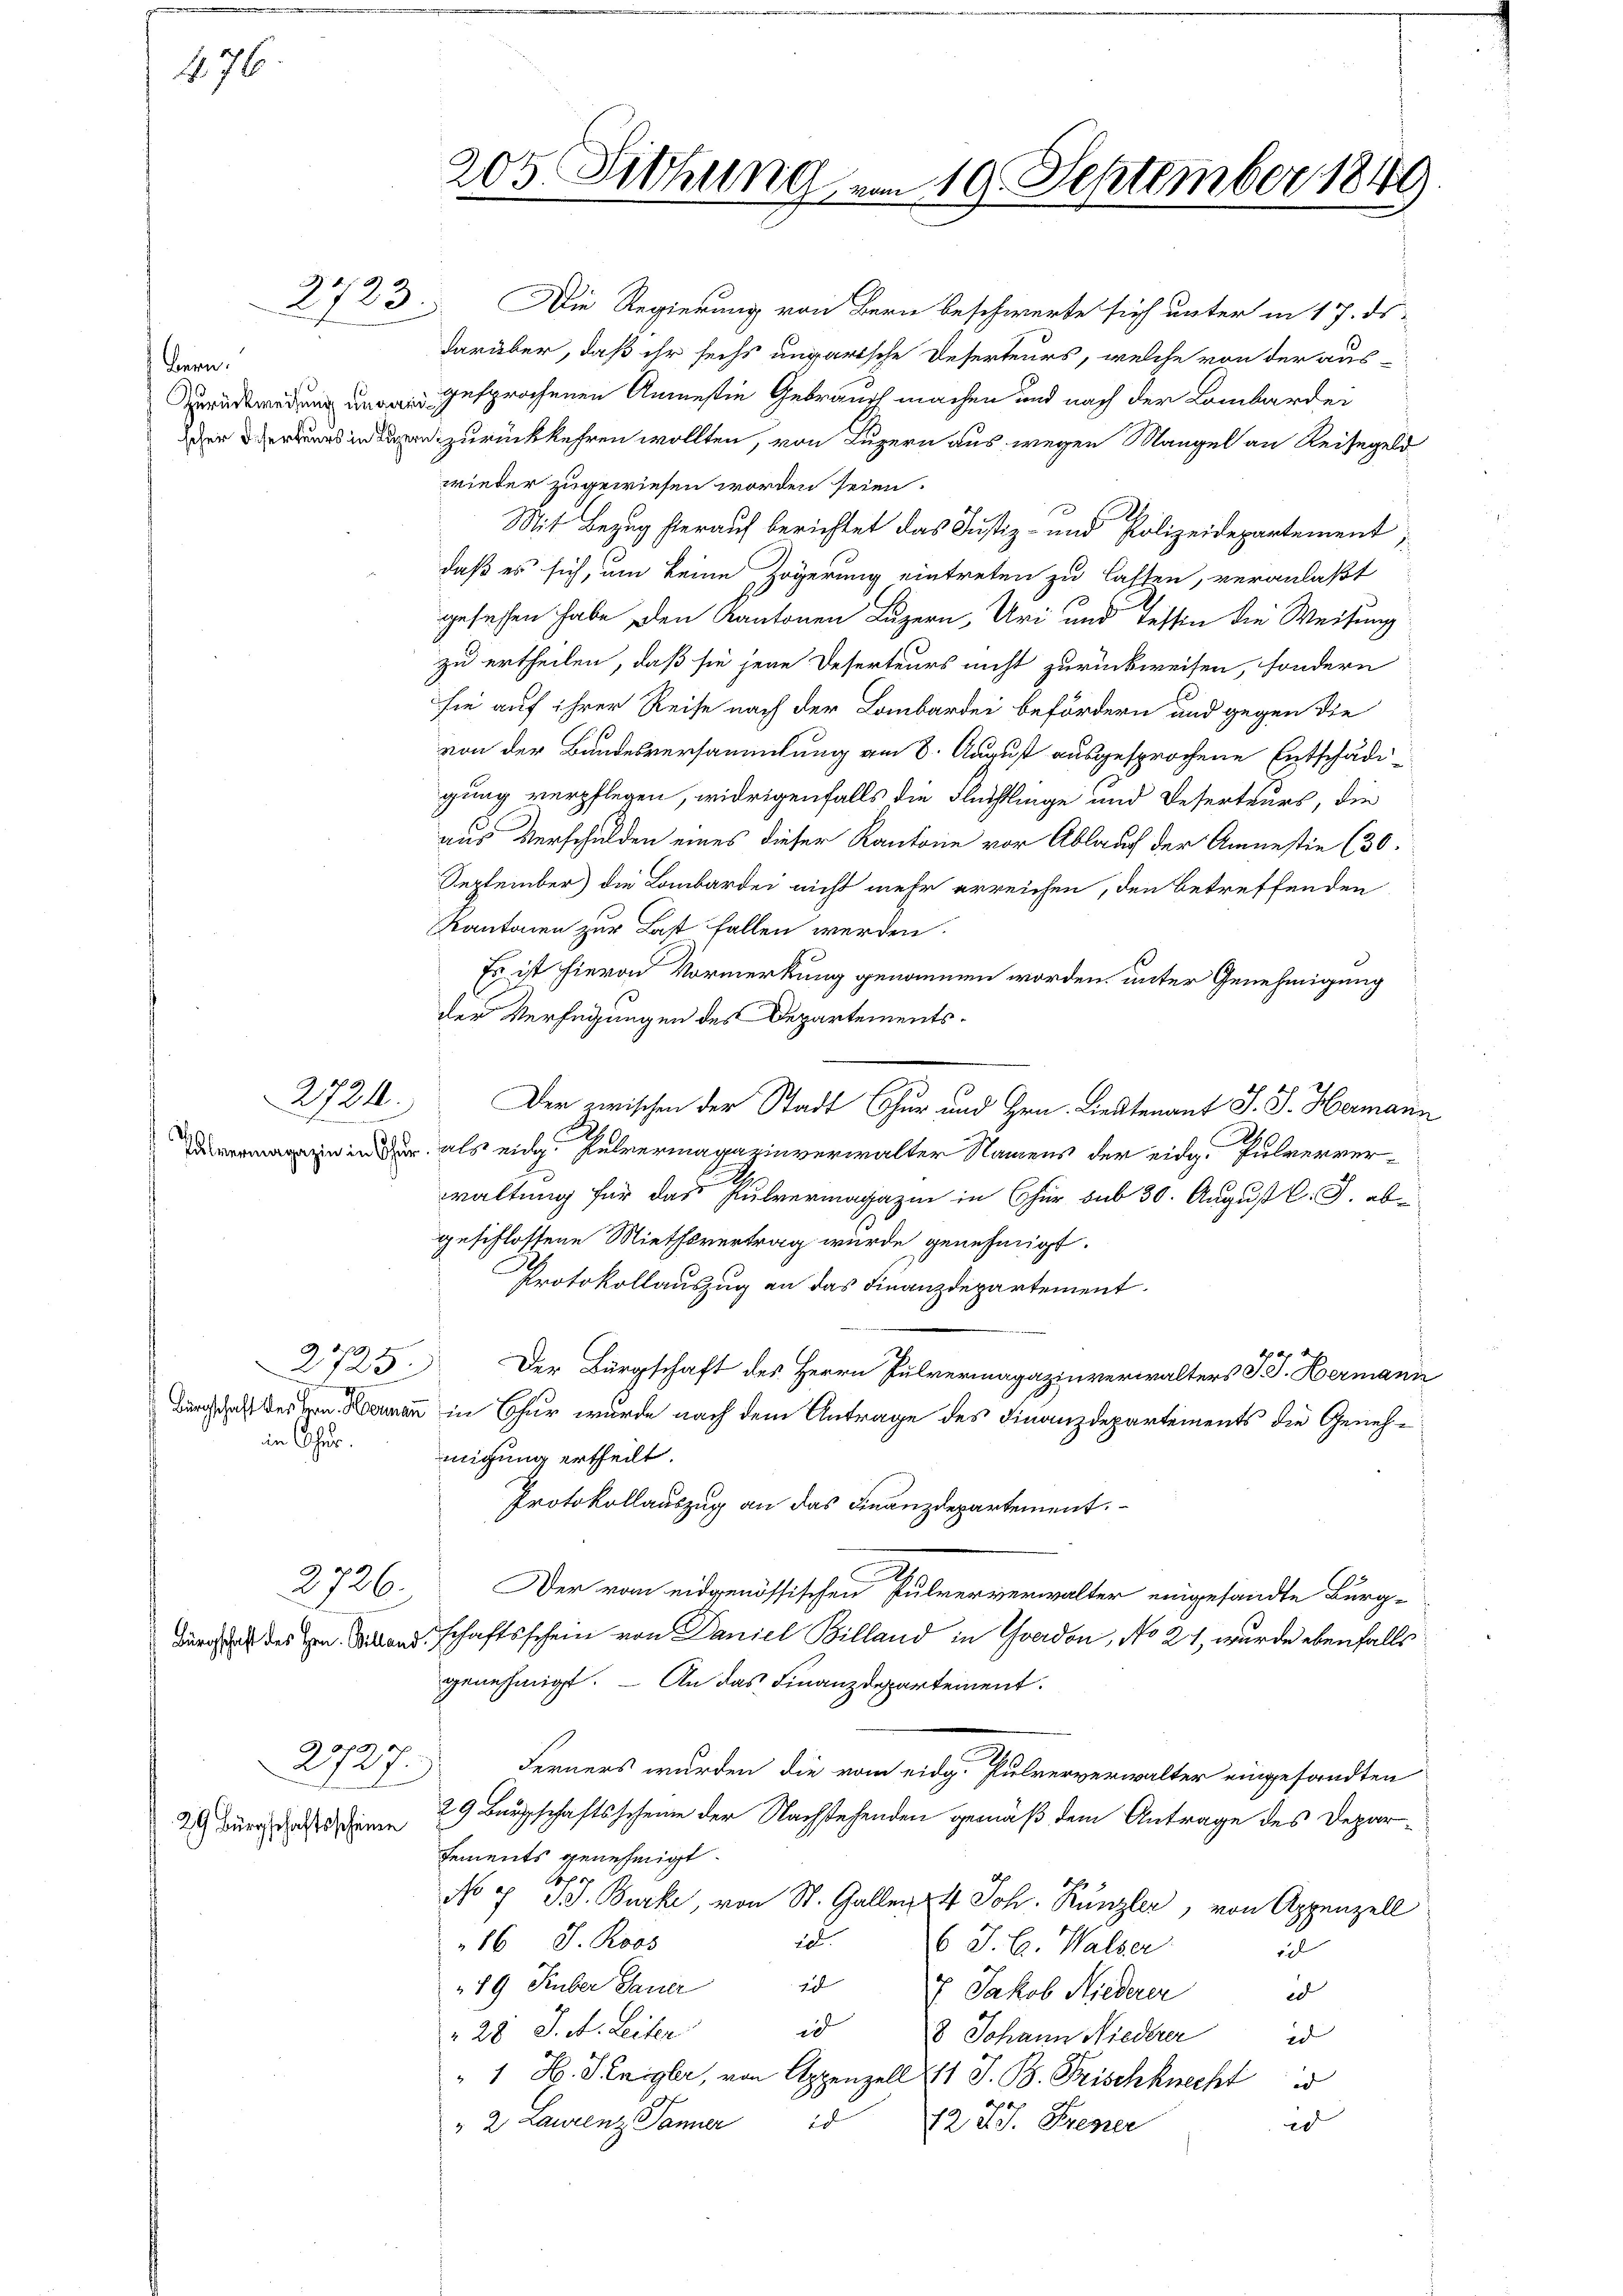
476.

Bern.

2723.

2724.

in Chur.

2726.

Bürgschaft des Hrn. Villand

2927.
29 Bürgschaftsscheine

2f 0 x

Die Regierung von Bern beschwerte sich unter in 17. ds.
darüber, daß ihr sechs ungarische Deserteurs, welche von der aus-
 gesprochenen Anmesin Gebrauch machen und nach der Lombardei
upen zurückkehren wollten, von Luzern aus wegen Mangel an Reisegeld
wieder zugewiesen worden seien.
Mit Bezug hierauf berichtet das Justiz- und Polizeidepartement
daß es sich, um keine Zögerung eintreten zu lassen, veranlaßt
gesehen habe den Kantonen Luzern, Uri und Tessin die Weisung
zu ertheilen, daß sie jene Deserteurs nicht zurückweisen, sondern
sie auf ihrer Reise nach der Lombardei befördern und gegen die
von der Bandesversammlung am 8. August ausgesprochene Entschädigung verpflegen, widrigenfalls die Flüchtlinge und Deserteurs, die
aus Verschulden eines dieser Kantone vor Ablauf der Amnestie (30.
September die Lombardei nicht mehr erreichen, den betreffenden
Kantonen zur Last fallen werden.
Es ist hievon Vormerkung genommen worden, unter Genehmigung
der Verfügungen des Departements¬
Der zwischen der Stadt Chur und Hrn. Lieutenant J. J. Hermann
2
n als eidg. Pulvermagazinverwalter Namens der eidg. Pulververwaltung für das Pulvermagazin in Chur sub 30. August l. J. abe
geschlossene Miethsvertrag wurde genehmigt.
Protokollauszug an das Finanzdepartement.
2725. Der Bürgschaft des Herrn Pulvermagazinverwalters J. Hermann
Durch daher an in Chur wurde nach dem Antrage des Finanzdepartements die Genehmigung ertheilt.
Protokollauszug an das Finanzdepartement.
2
Der vom eidgenössischen Pulververwalter eingesandte Berg-
schaftsschein von Daniel Billand in Yoadon, No 21, wurde ebenfalls
genehmigt. – An das Finanzdepartement.
Ferners wurden die vom eidg. Pulververwalter eingesandten
29 Bürgschaftsscheine der Nachstehenden gemäß dem Antrage des Deparsements genehmigt.

No 7 J. Burk, von St. Gallen 24 Joh. Runzler, von Appenzell
20
86 J. Roos
6 J. C. Walser
el
 |
49 Huber Dauer
ed
7. Jakob Niederer
id
 28 J. A. Leiter
id
8 Johann Niederer
"1 H. Henggler, von Appenzell 111 S. B. Frischknecht is
" 2 Laurenz Januar 12 J. J. Frener
2

205. Sitzung am 19. September 1849